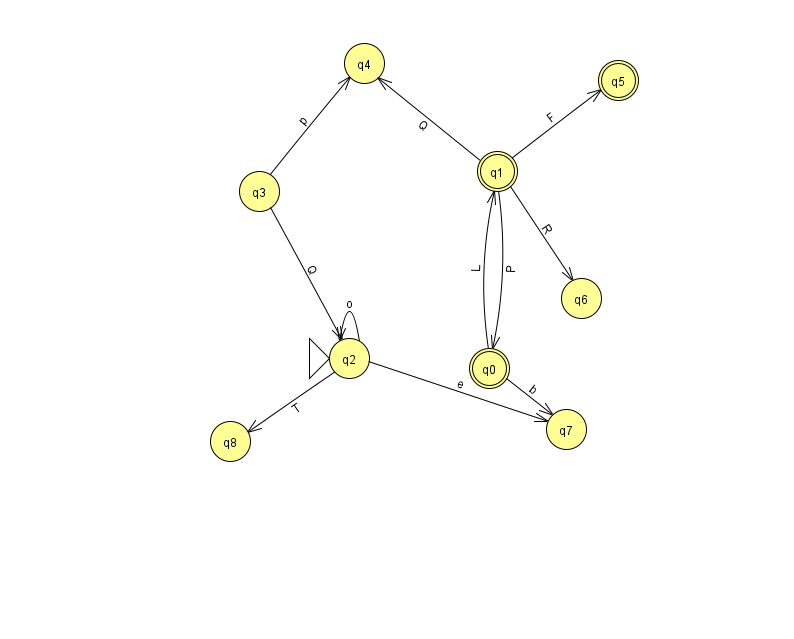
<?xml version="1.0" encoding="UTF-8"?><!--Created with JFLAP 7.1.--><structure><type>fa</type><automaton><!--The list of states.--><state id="0" name="q0"><x>489.0</x><y>355.0</y><final/></state><state id="1" name="q1"><x>497.0</x><y>158.0</y><final/></state><state id="2" name="q2"><x>349.0</x><y>345.0</y><initial/></state><state id="3" name="q3"><x>259.0</x><y>178.0</y></state><state id="4" name="q4"><x>364.0</x><y>50.0</y></state><state id="5" name="q5"><x>618.0</x><y>67.0</y><final/></state><state id="6" name="q6"><x>581.0</x><y>285.0</y></state><state id="7" name="q7"><x>566.0</x><y>416.0</y></state><state id="8" name="q8"><x>230.0</x><y>428.0</y></state><!--The list of transitions.--><transition><from>1</from><to>6</to><read>R</read></transition><transition><from>0</from><to>7</to><read>b</read></transition><transition><from>2</from><to>7</to><read>e</read></transition><transition><from>3</from><to>2</to><read>Q</read></transition><transition><from>3</from><to>4</to><read>p</read></transition><transition><from>0</from><to>1</to><read>L</read></transition><transition><from>1</from><to>0</to><read>P</read></transition><transition><from>1</from><to>5</to><read>F</read></transition><transition><from>1</from><to>4</to><read>Q</read></transition><transition><from>2</from><to>8</to><read>T</read></transition><transition><from>2</from><to>2</to><read>o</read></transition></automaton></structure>